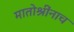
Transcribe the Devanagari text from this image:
मातोश्रींनाच